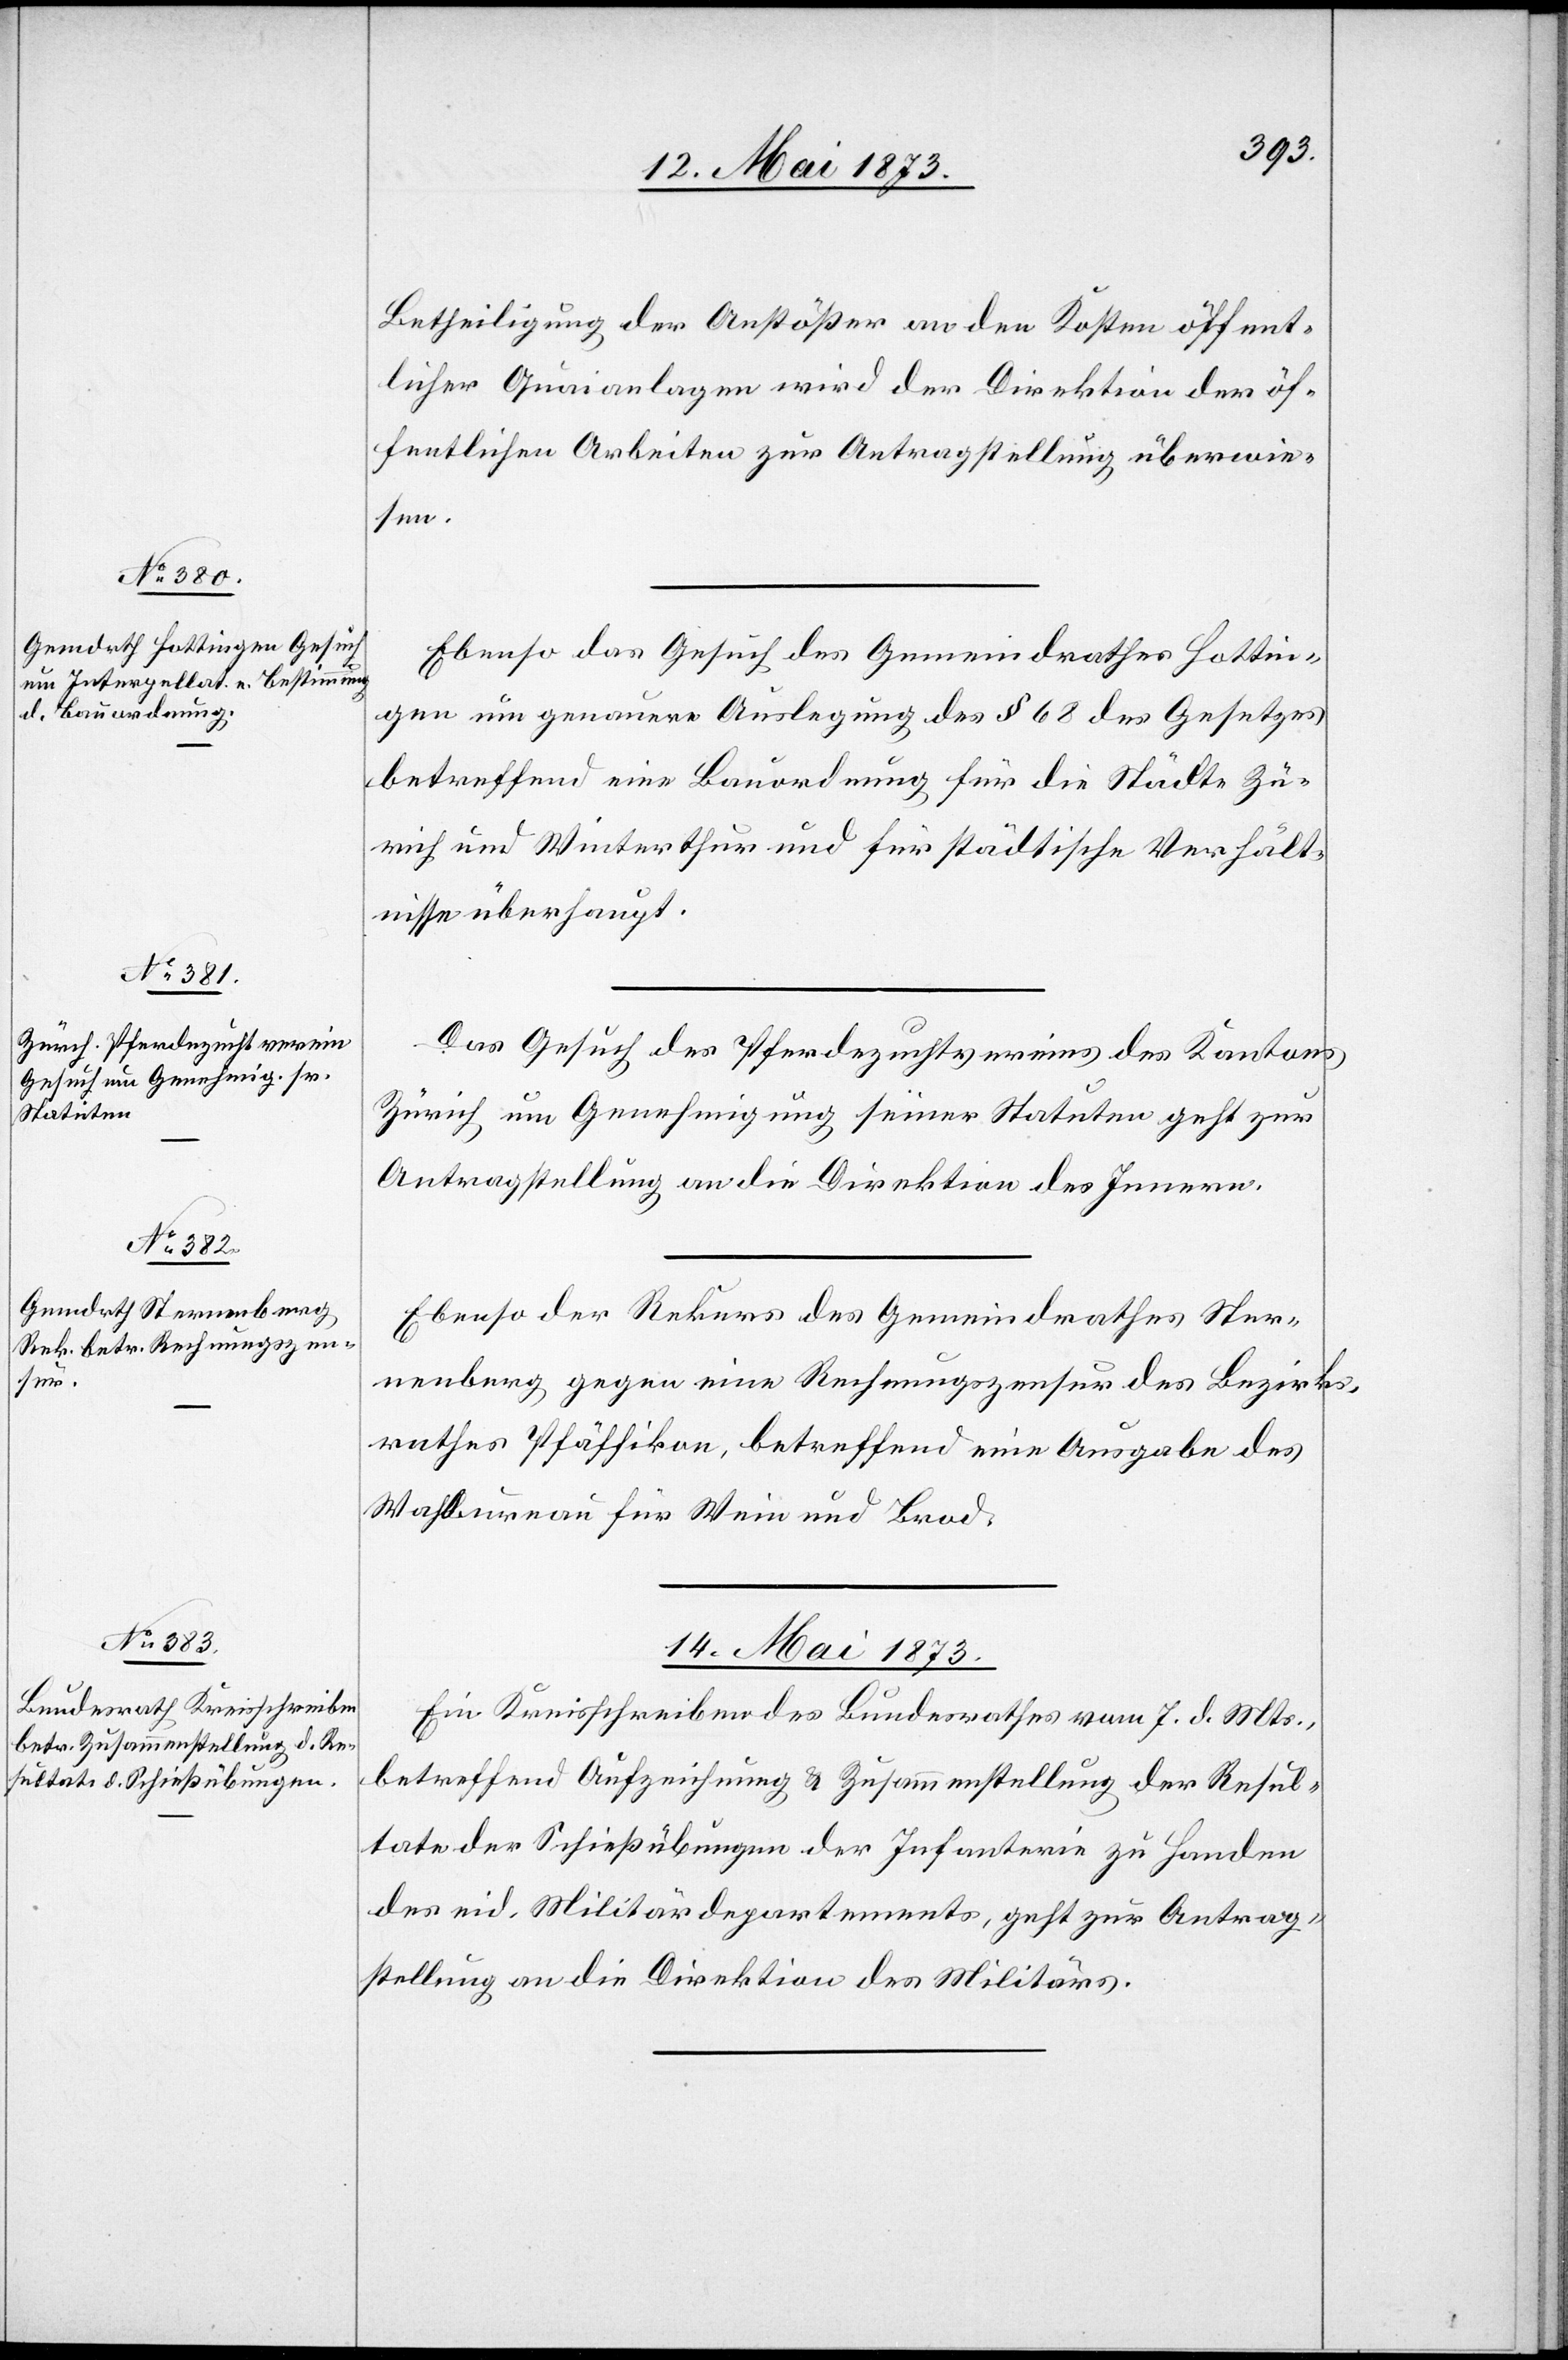
13. Mai 1873.]
Betheiligung der Anstößer an den Kosten öffent¬
licher Quaianlagen wird der Direktion der öf¬
fentlichen Arbeiten zur Antragstellung überwie¬
sen.
Ebenso das Gesuch des Gemeindrathes Hottin¬
gen um genauere Auslegung des § 68 des Gesetzes
betreffend eine Bauordnung für die Städte Zü¬
rich und Winterthur und für städtische Verhält¬
nisse überhaupt.
Das Gesuch des Pferdezuchtvereins des Kantons
Zürich um Genehmigung seiner Statuten geht zur
Antragstellung an die Direktion des Innern.
Ebenso der Rekurs des Gemeindrathes Ster¬
nenberg gegen eine Rechnungszensur des Bezirks¬
rathes Pfäffikon, betreffend eine Ausgabe des
Wahlbureau für Wein und Brod.
14. Mai 1873.
Ein Kreisschreiben des Bundesrathes vom 7. d. Mts.,
betreffend Aufzeichnung & Zusammenstellung der Resul¬
tate der Schießübungen der Infanterie zu Handen
des eid. Militärdepartements, geht zur Antrag¬
stellung an die Direktion des Militärs.